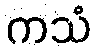
ကသံ